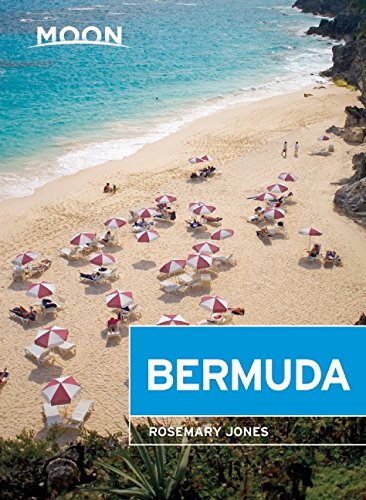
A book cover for Moon Bermuda (Moon Handbooks); Rosemary Jones; Travel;